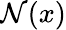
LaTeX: {\mathcal{N}}(x)